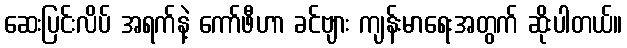
ဆေးပြင်းလိပ် အရက်နဲ့ ကော်ဖီဟာ ခင်ဗျား ကျန်းမာရေးအတွက် ဆိုးပါတယ်။